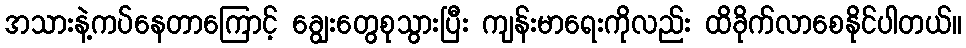
အသားနဲ့ကပ်နေတာကြောင့် ချွေးတွေစုသွားပြီး ကျန်းမာရေးကိုလည်း ထိခိုက်လာစေနိုင်ပါတယ်။